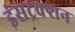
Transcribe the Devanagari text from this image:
इंसट्रक्शन